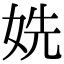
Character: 姺